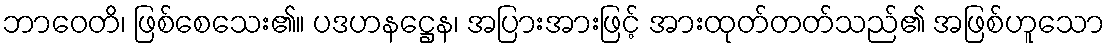
ဘာဝေတိ၊ ဖြစ်စေသေး၏။ ပဒဟနဋ္ဌေန၊ အပြားအားဖြင့် အားထုတ်တတ်သည်၏ အဖြစ်ဟူသော